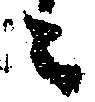
々